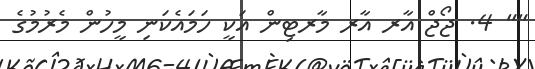
"" 4. ޖޯޖް އާރ އާރ މާރޓިން އަކީ ހަމައެކަނި މީހުން މެރުމުގެ